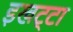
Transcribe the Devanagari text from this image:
इखट्टा